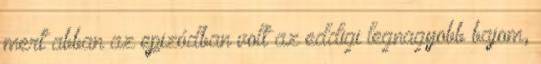
mert abban az epizódban volt az eddigi legnagyobb bajom,